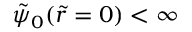
\tilde { \psi } _ { 0 } ( \tilde { r } = 0 ) < \infty